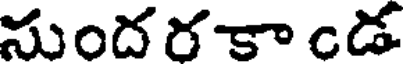
సుందరకాండ